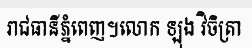
រាជធានីភ្នំពេញ។លោក ឡុង វិចិត្រា